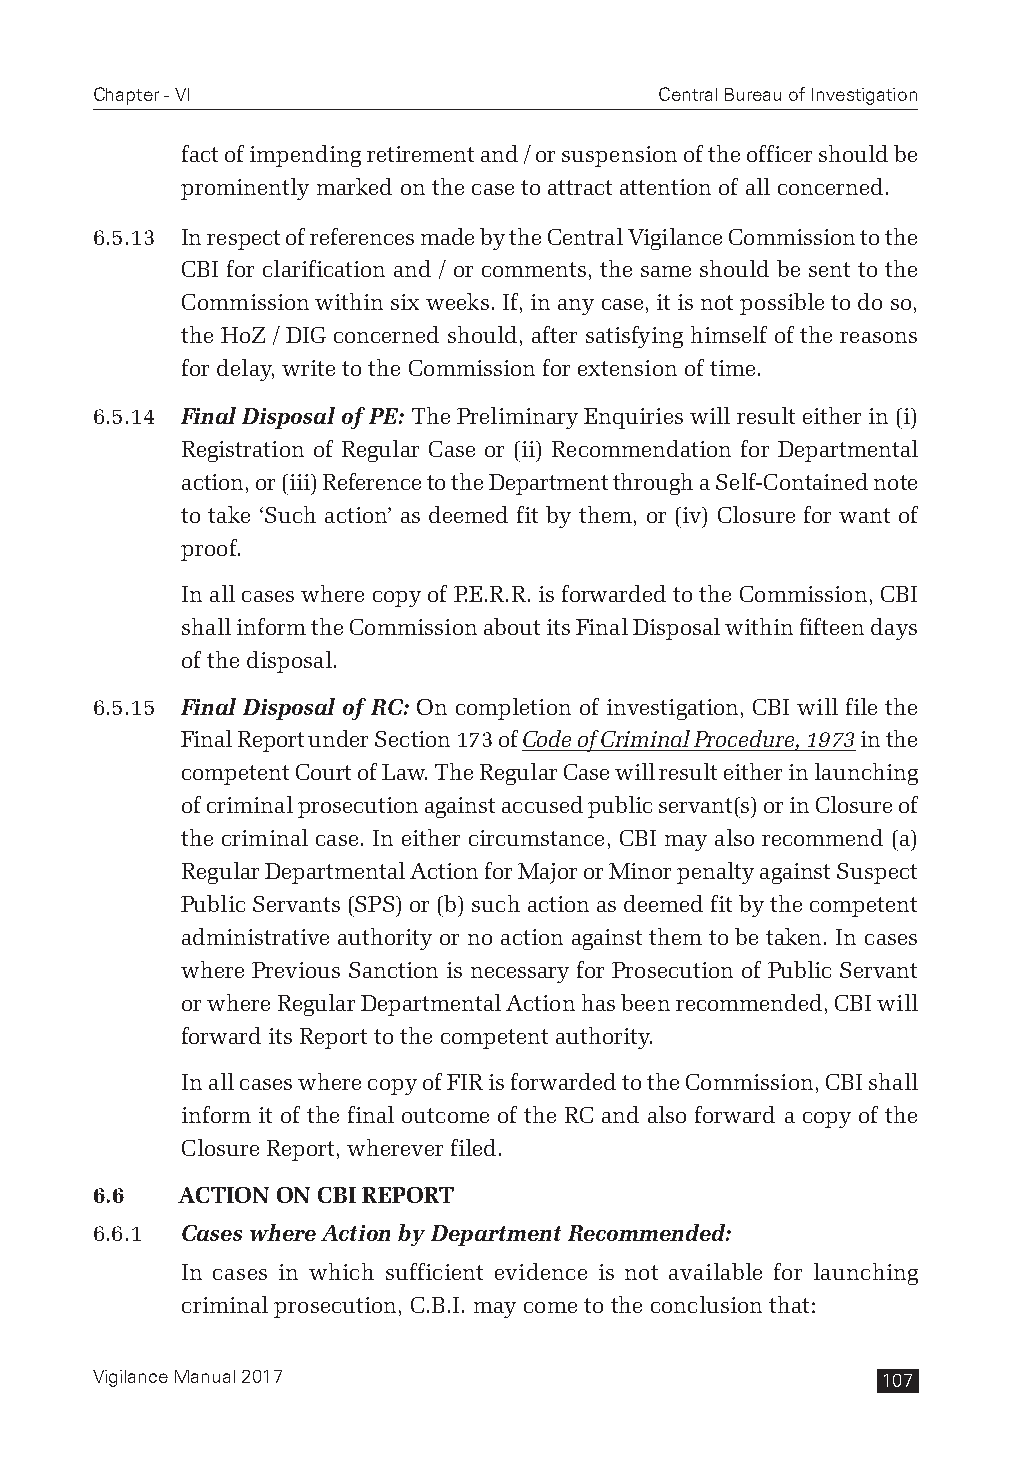
Chapter - VI                          Central Bureau of Investigation
 fact of impending retirement and / or suspension of the officer should be
 prominently marked on the case to attract attention of all concerned.
 6.5.13 In respect of references made by the Central Vigilance Commission to the
 CBI for clarification and / or comments, the same should be sent to the
 Commission within six weeks. If, in any case, it is not possible to do so,
 the HoZ / DIG concerned should, after satisfying himself of the reasons
 for delay, write to the Commission for extension of time.
 6.5.14 Final Disposal of PE: The Preliminary Enquiries will result either in (i)
 Registration of Regular Case or (ii) Recommendation for Departmental
 action, or (iii) Reference to the Department through a Self-Contained note
 to take ‘Such action’ as deemed fit by them, or (iv) Closure for want of
 proof.
 In all cases where copy of P.E.R.R. is forwarded to the Commission, CBI
 shall inform the Commission about its Final Disposal within fifteen days
 of the disposal.
 6.5.15 Final Disposal of RC: On completion of investigation, CBI will file the
 Final Report under Section 173 of Code of Criminal Procedure, 1973 in the
 competent Court of Law. The Regular Case will result either in launching
 of criminal prosecution against accused public servant(s) or in Closure of
 the criminal case. In either circumstance, CBI may also recommend (a)
 Regular Departmental Action for Major or Minor penalty against Suspect
 Public Servants (SPS) or (b) such action as deemed fit by the competent
 administrative authority or no action against them to be taken. In cases
 where Previous Sanction is necessary for Prosecution of Public Servant
 or where Regular Departmental Action has been recommended, CBI will
 forward its Report to the competent authority.
 In all cases where copy of FIR is forwarded to the Commission, CBI shall
 inform it of the final outcome of the RC and also forward a copy of the
 Closure Report, wherever filed.
 6.6   ACTION ON CBI REPORT
 6.6.1 Cases where Action by Department Recommended:
 In cases in which sufficient evidence is not available for launching
 criminal prosecution, C.B.I. may come to the conclusion that:
 Vigilance Manual 2017                               107